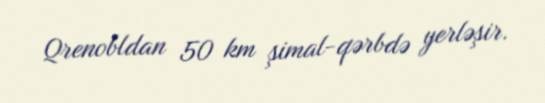
Qrenobldan 50 km şimal-qərbdə yerləşir.